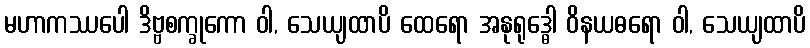
မဟာကဿပေါ ဒိဗ္ဗစက္ခုကော ဝါ, သေယျထာပိ ထေရော အနုရုဒ္ဓေါ ဝိနယဓရော ဝါ, သေယျထာပိ